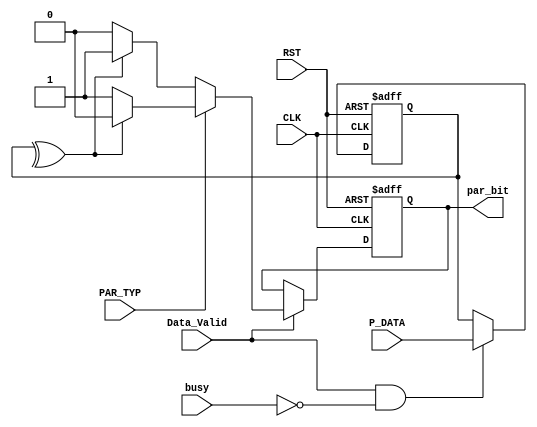
module parity_calc 
(
input wire [7:0] P_DATA,
input wire PAR_TYP,
input wire Data_Valid,
input wire busy,
input wire CLK,RST,

output reg par_bit 
);

wire temp;

reg  [7:0]   data_tmp ;


always @ (posedge CLK or negedge RST)
 begin
  if(!RST)
   begin
    data_tmp <= 'b0 ;
   end
  else if(Data_Valid && !busy)
   begin
    data_tmp <= P_DATA ;
   end 
 end
 
always@(posedge CLK or negedge RST)
 begin
	if (!RST)
		par_bit <= 1'b0;
	else if (Data_Valid)
		begin
			if (PAR_TYP)
				begin
					if(temp)
						par_bit <= 1'b0;
					else
						par_bit <= 1'b1;
				end
			else
				begin
					if(temp)
						par_bit <= 1'b1;
					else
						par_bit <= 1'b0;
				end
					
		end	
 end
		
assign temp = ^data_tmp;
endmodule